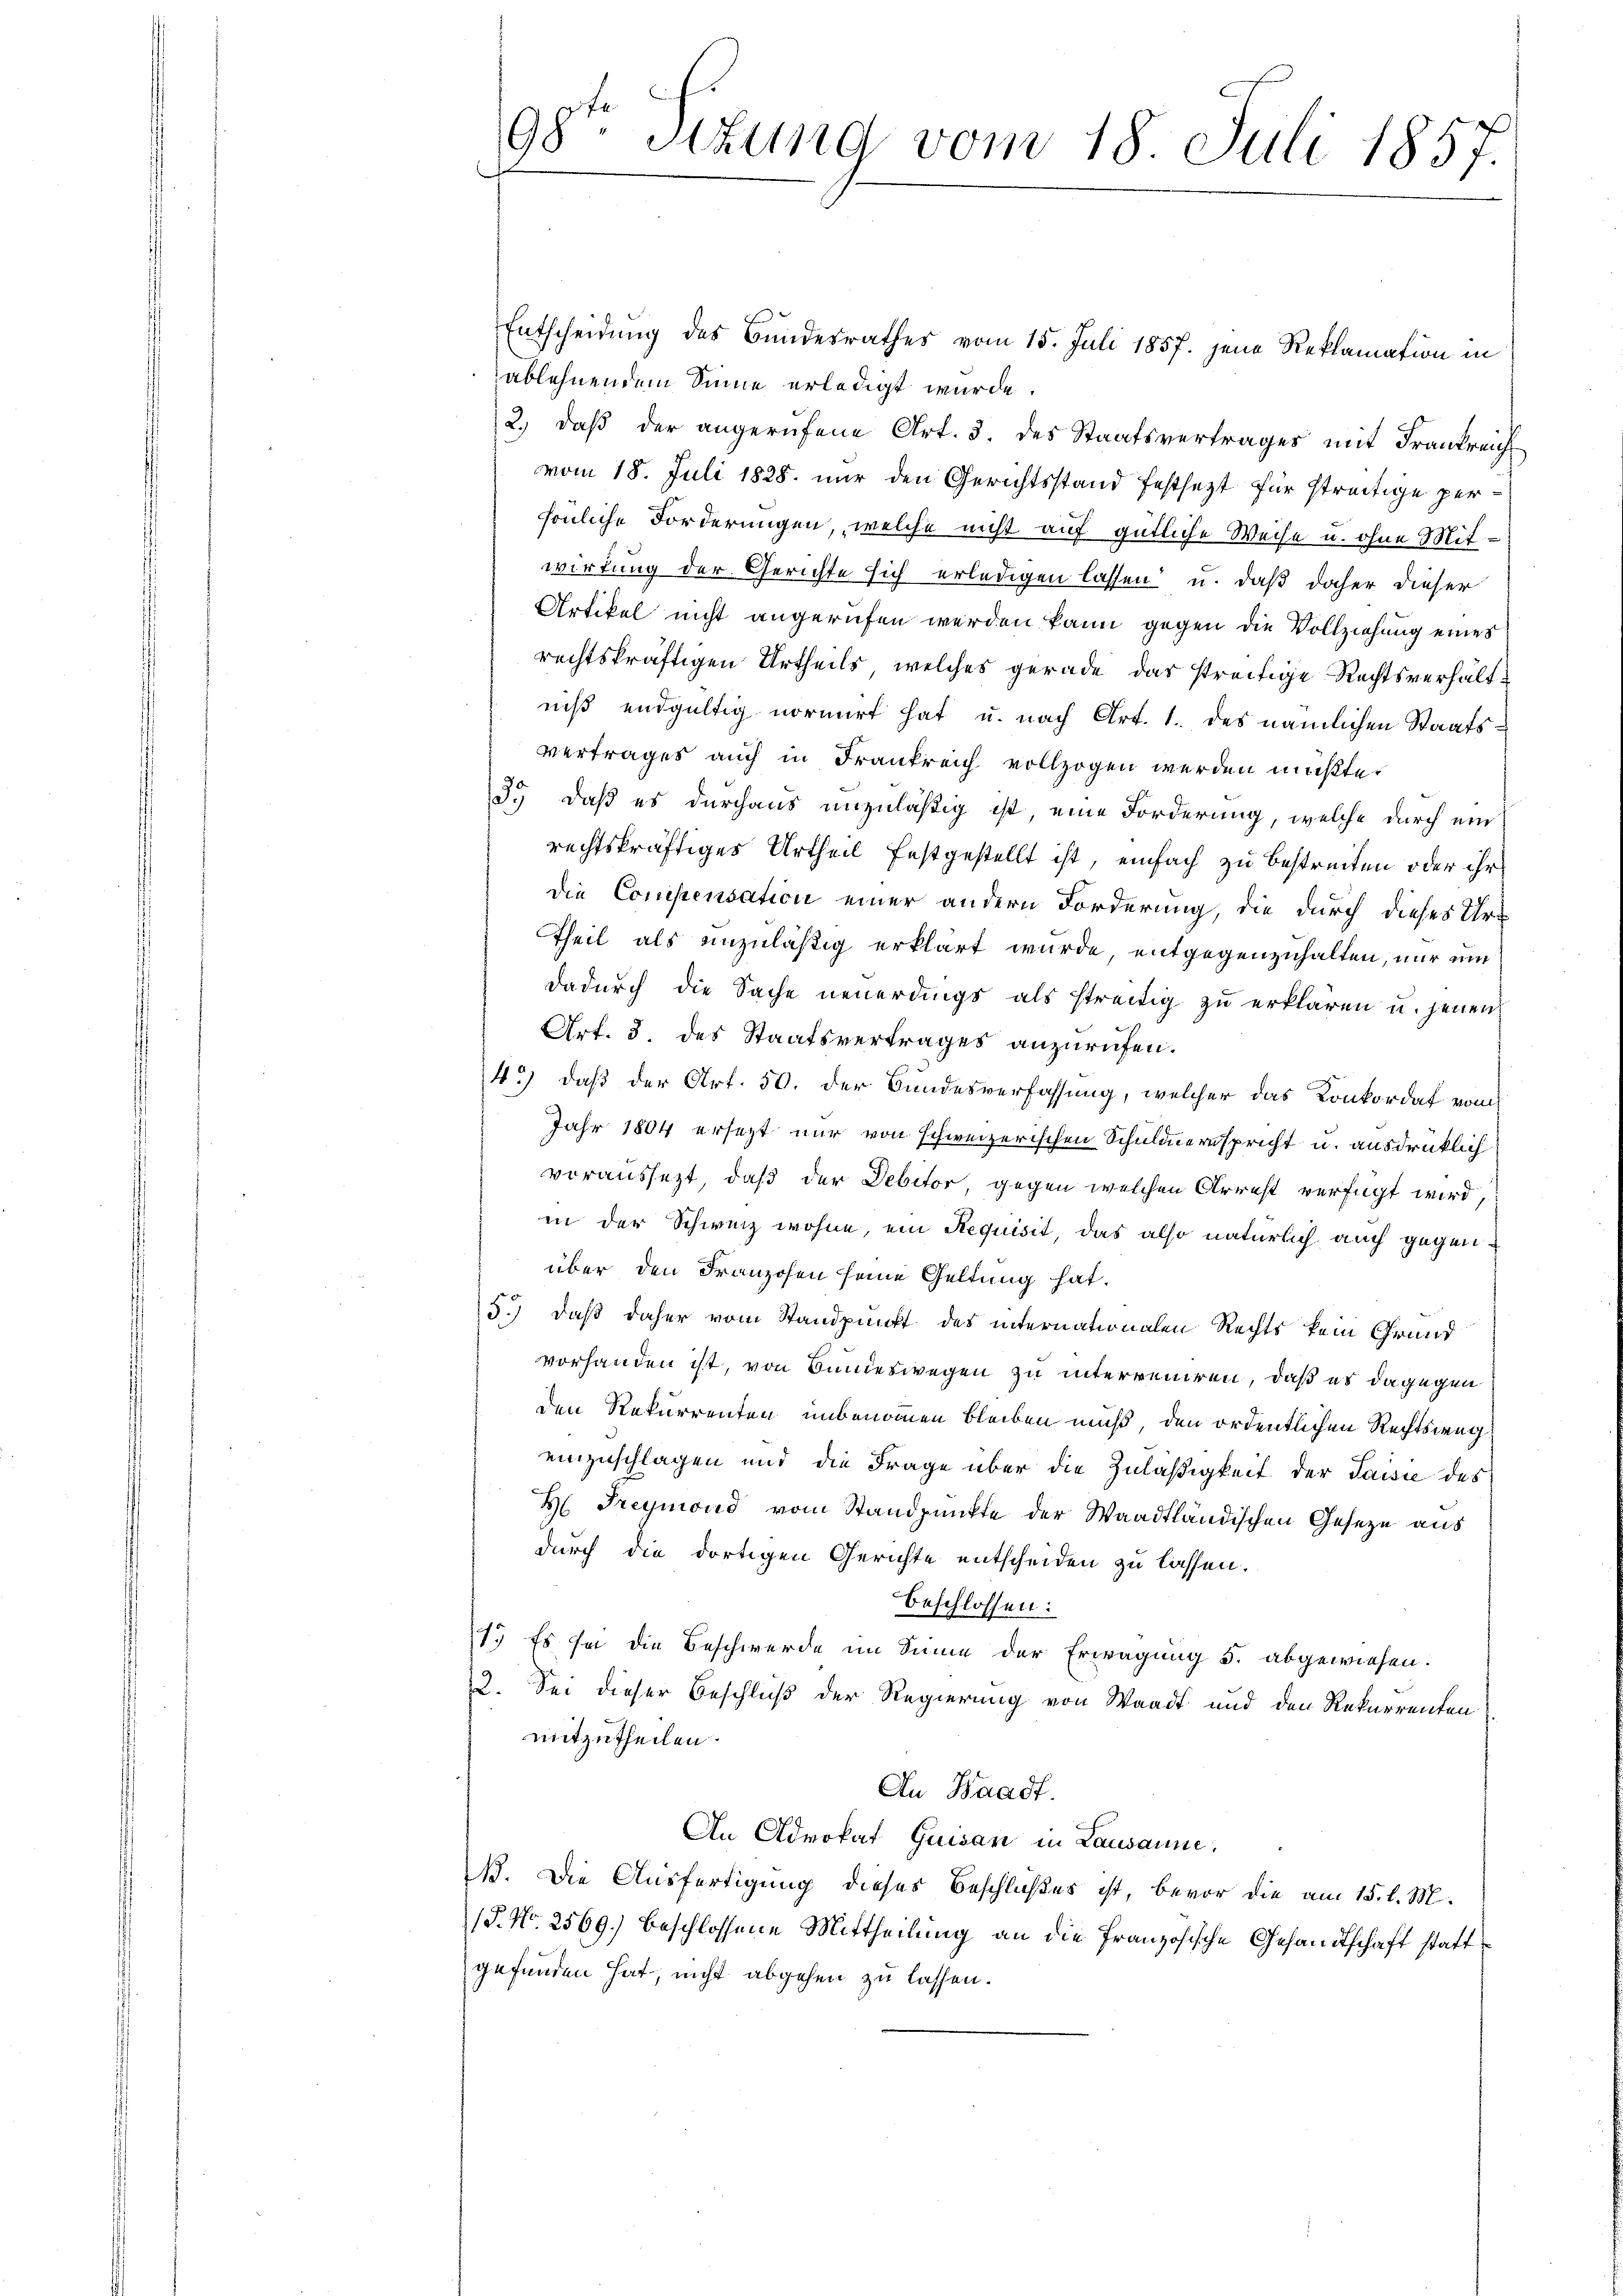
Entscheidung des Bundesrathes vom 15. Juli 1857. jene Reklamation in
ablehnendem Sinne erledigt wurde.
2.) daß der angerufene Art. 3. des Staatsvertrages mit Frankreich
vom 18. Juli 1828. nur den Gerichtsstand festsezt für streitige persönliche Forderungen, welche nicht auf gütliche Weise u. ohne Mitwirkung der Gerichte sich erledigen lassen u. daß daher dieser
Artikel nicht angerufen werden kann gegen die Vollziehung eines
rechtskräftigen Urtheils, welches gerade das streitige Rechtsverhältniß endgültig normirt hat u. nach Art. 1. des nämlichen Staatsvertrages auch in Frankreich vollzogen werden müßte.
3.) daß es durchaus unzuläßig ist eine Forderung, welche durch ein
rechtskräftiges Urtheil festgestellt ist, einfach zu bestreiten oder ihr
die Compensation einer andern Forderung, die durch dieses Urt
Theil als unzuläßig erklärt wurde, entgegenzuhalten, nur um
dadurch die Sache neuerdings als streitig zu erklären u. jenen
Art. 8. des Staatsvertrages anzurufen.
4.) daß der Art. 50. der Bundesverfassung, welcher das Konkordat vom
Jahr 1804 ersezt nur von schweizerischen Schuldnerspricht u. ausdrüklich
voraussetzt, daß der Debitor gegen welchen Arrest verfügt wird,
in der Schweiz wohne, ein Requisit das also natürlich auch gegenüber den Franzosen seine Geltung hat.
5.) daß daher vom Standpunkt des internationalen Rechts kein Grund
vorhanden ist, von Bundeswegen zu interrenten, daß es dagegen
den Rekurrenten unbenommen bleiben muß, den ordentlichen Rechtsweg
einzuschlagen und die Frage über die Zuläßigkeit der Jaisie des
H. Freymond vom Standpunkte der Waadtländischen Geseze aus
durch die dortigen Gerichte entscheiden zu lassen.
beschlossen:
1. Es so die Beschwerde im Sinne der Erwägung 5. abgewiesen.
22. Sei dieser Beschluß der Regierung von Waadt und den Rekurrenten
mitzutheilen.
Au Waadt.
An Advokat Quisan in Lausanne,
B. Die Ausfertigung dieses Beschlußes ist, bevor die am 15. l. M.
1P. Nr. 2569.) beschlossene Mittheilung an die Französische Gesandtschaft statt
gefunden hat, nicht abgehen zu lassen.

98. Sitzung vom 18. Juli 1857.